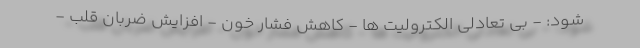
شود: - بی تعادلی الکترولیت ها - کاهش فشار خون - افزایش ضربان قلب -